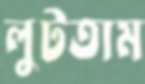
লুটতাম